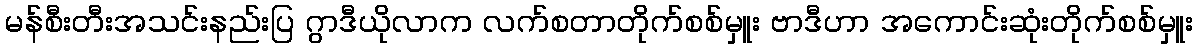
မန်စီးတီးအသင်းနည်းပြ ဂွာဒီယိုလာက လက်စတာတိုက်စစ်မှူး ဗာဒီဟာ အကောင်းဆုံးတိုက်စစ်မှူး